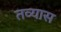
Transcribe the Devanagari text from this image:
तव्यास